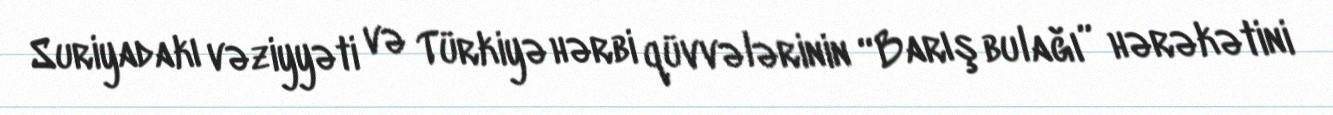
Suriyadakı vəziyyəti və Türkiyə hərbi qüvvələrinin “Barış bulağı” hərəkətini